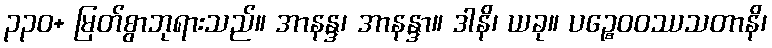
၃၃၀+ မြတ်စွာဘုရားသည်။ အာနန္ဒ၊ အာနန္ဒာ။ ဒါနိ၊ ယခု။ ပဉ္စေဝဝဿသတာနိ၊